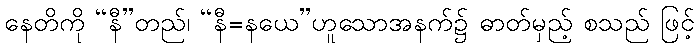
နေတိကို “နီ”တည်၊ “နီ=နယေ”ဟူသောအနက်၌ ဓာတ်မှည့် စသည် ဖြင့်